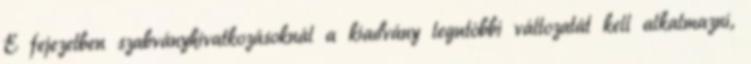
E fejezetben szabványhivatkozásoknál a kiadvány legutóbbi változatát kell alkalmazni,